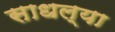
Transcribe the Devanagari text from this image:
साधल्या